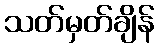
သတ်မှတ်ချိန်